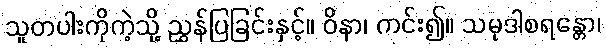
သူတပါးကိုကဲ့သို့ ညွှန်ပြခြင်းနှင့်။ ဝိနာ၊ ကင်း၍။ သမုဒါစရန္တော၊